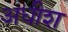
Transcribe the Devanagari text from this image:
अधीश